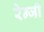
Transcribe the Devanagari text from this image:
रेन्जी